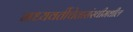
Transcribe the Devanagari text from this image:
मध्यवर्तीचेतासंस्थीमधील